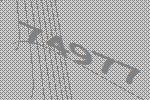
74977